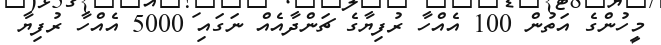
މީހުންގެ އަތުން 100 އެއްހާ ރުފިޔާގެ ޗަންދާއެއް ނަގައި 5000 އެއްހާ ރުފިޔާ